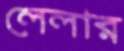
লেলার